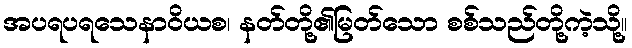
အပရပရသေနာဝိယစ၊ နတ်တို့၏မြတ်သော စစ်သည်တို့ကဲ့သို့။